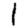
Digit: 1